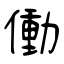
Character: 働